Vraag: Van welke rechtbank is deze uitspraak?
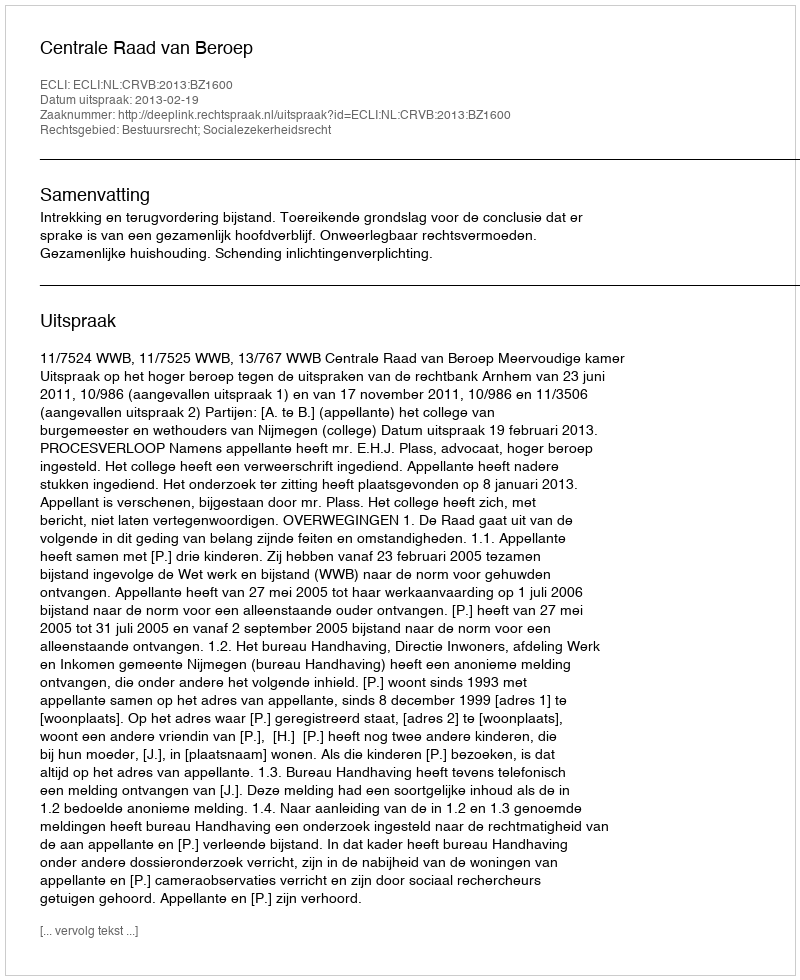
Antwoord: Centrale Raad van Beroep